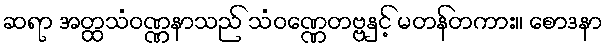
ဆရာ အတ္ထသံဝဏ္ဏနာသည် သံဝဏ္ဏေတဗ္ဗနှင့် မတန်တကား။ စောဒနာ